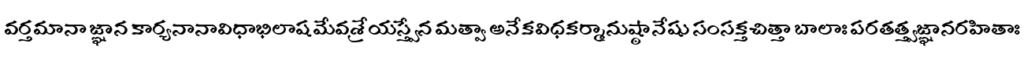
వర్తమానా జ్ఞాన కార్యనానావిధాభిలాషమేవశ్రేయస్త్వేన మత్వా అనేకవిధకర్మానుష్ఠానేషు సంసక్తచిత్తా బాలాః పరతత్త్వజ్ఞానరహితాః